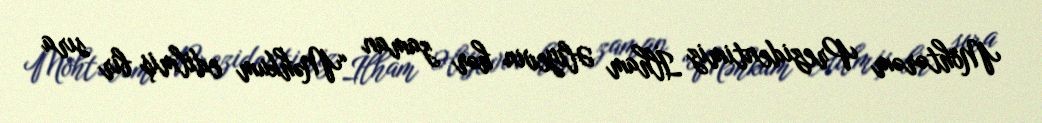
Möhtərəm Prezidentimiz İlham Əliyevin hər zaman “Məhkum edilmiş bir sıra